Report of the Indian Hemp Drugs Commission, 1894-1895 - Volume I
Year: 1894
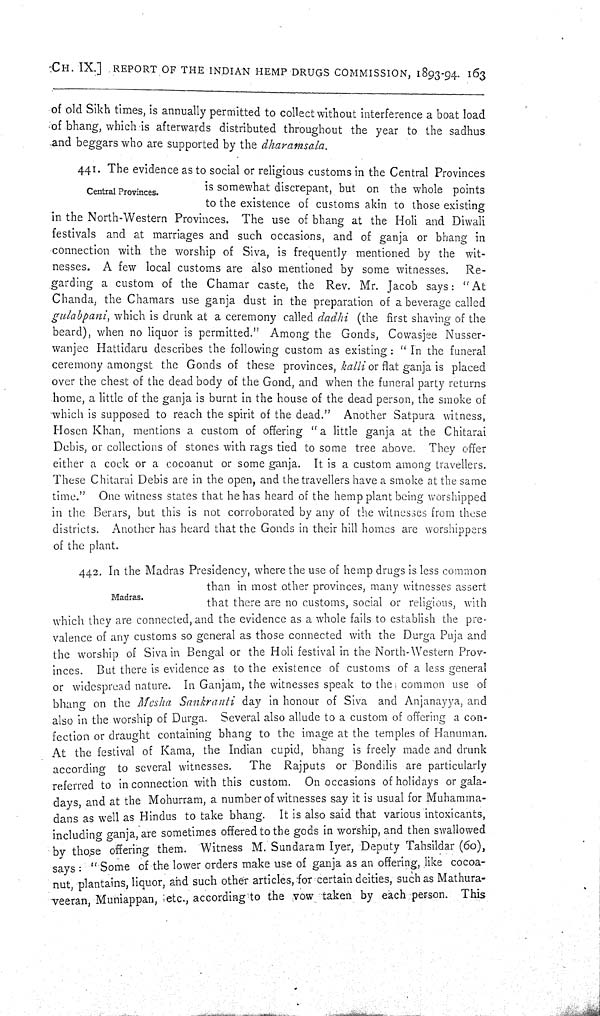
CH. IX.] REPORT OF THE INDIAN HEMP DRUGS COMMISSION, 1893-94. 163
of old Sikh times, is annually permitted to collect without interference a boat load
of bhang, which is afterwards distributed throughout the year to the sadhus
and beggars who are supported by the dharamsala.
Central Provinces.
441. The evidence as to social or religious customs in the Central Provinces
is somewhat discrepant, but on the whole points
to the existence of customs akin to those existing
in the North-Western Provinces. The use of bhang at the Holi and Diwali
festivals and at marriages and such occasions, and of ganja or bhang in
connection with the worship of Siva, is frequently mentioned by the wit-
nesses. A few local customs are also mentioned by some witnesses. Re-
garding a custom of the Chamar caste, the Rev. Mr. Jacob says: "At
Chanda, the Chamars use ganja dust in the preparation of a beverage called
gulabpani, which is drunk at a ceremony called dadhi (the first shaving of the
beard), when no liquor is permitted." Among the Gonds, Cowasjee Nusser-
wanjee Hattidaru describes the following custom as existing: "In the funeral
ceremony amongst the Gonds of these provinces, kalli or flat ganja is placed
over the chest of the dead body of the Gond, and when the funeral party returns
home, a little of the ganja is burnt in the house of the dead person, the smoke of
which is supposed to reach the spirit of the dead." Another Satpura witness,
Hosen Khan, mentions a custom of offering "a little ganja at the Chitarai
Debis, or collections of stones with rags tied to some tree above. They offer
either a cock or a cocoanut or some ganja. It is a custom among travellers.
These Chitarai Debis are in the open, and the travellers have a smoke at the same
time." One witness states that he has heard of the hemp plant being worshipped
in the Berars, but this is not corroborated by any of the witnesses from these
districts. Another has heard that the Gonds in their hill homes are worshippers
of the plant.
Madras.
442. In the Madras Presidency, where the use of hemp drugs is less common
than in most other provinces, many witnesses assert
that there are no customs, social or religious, with
which they are connected, and the evidence as a whole fails to establish the pre-
valence of any customs so general as those connected with the Durga Puja and
the worship of Siva in Bengal or the Holi festival in the North-Western Prov-
inces. But there is evidence as to the existence of customs of a less general
or widespread nature. In Ganjam, the witnesses speak to the, common use of
bhang on the Mesha Sankranti day in honour of Siva and Anjanayya, and
also in the worship of Durga. Several also allude to a custom of offering a con-
fection or draught containing bhang to the image at the temples of Hanuman.
At the festival of Kama, the Indian cupid, bhang is freely made and drunk
according to several witnesses. The Rajputs or Bondilis are particularly
referred to in connection with this custom. On occasions of holidays or gala-
days, and at the Mohurram, a number of witnesses say it is usual for Muhamma-
dans as well as Hindus to take bhang. It is also said that various intoxicants,
including ganja, are sometimes offered to the gods in worship, and then swallowed
by those offering them. Witness M. Sundaram Iyer, Deputy Tahsildar (60),
says: "Some of the lower orders make use of ganja as an offering, like cocoa-
nut, plantains, liquor, and such other articles, for certain deities, such as Mathura-
veeran, Muniappan, etc., according to the vow taken by each person. This